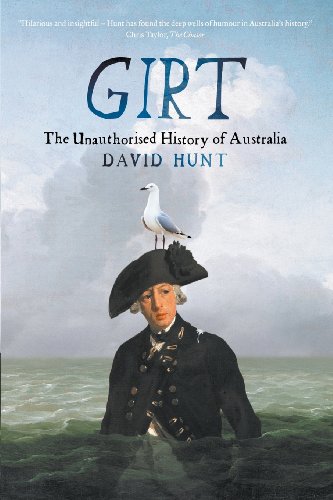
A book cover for Girt: The Unauthorised History of Australia; David Hunt; History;